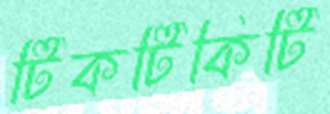
টিকটিকিটি